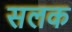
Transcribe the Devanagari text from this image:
सलक